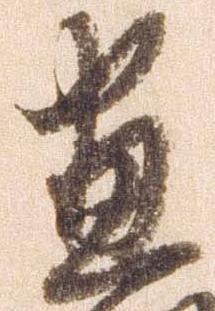
尽